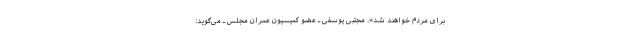
برای مردم خواهند شد». مجتبی یوسفی ـ عضو کمیسیون عمران مجلس ـ می‌گوید: